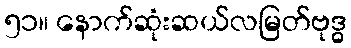
၅၁။ နောက်ဆုံးဆယ်လမြတ်ဗုဒ္ဓ